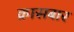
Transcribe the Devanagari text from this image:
क्रासबार